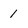
Character: 1